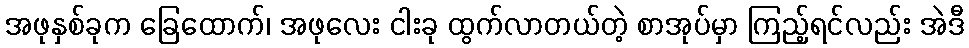
အဖုနှစ်ခုက ခြေထောက်၊ အဖုလေး ငါးခု ထွက်လာတယ်တဲ့ စာအုပ်မှာ ကြည့်ရင်လည်း အဲဒီ